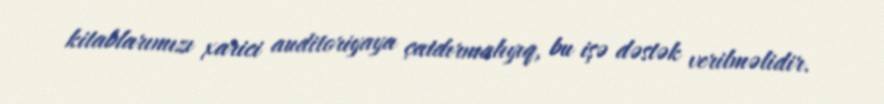
kitablarımızı xarici auditoriyaya çatdırmalıyıq, bu işə dəstək verilməlidir.